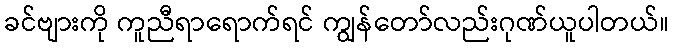
ခင်ဗျားကို ကူညီရာရောက်ရင် ကျွန်တော်လည်းဂုဏ်ယူပါတယ်။